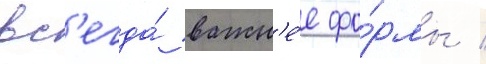
вс'егда́ важн'е́е фо́рмы /